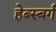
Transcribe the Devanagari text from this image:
हेब्स्बर्ग